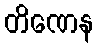
တိဏေန